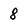
Character: 8